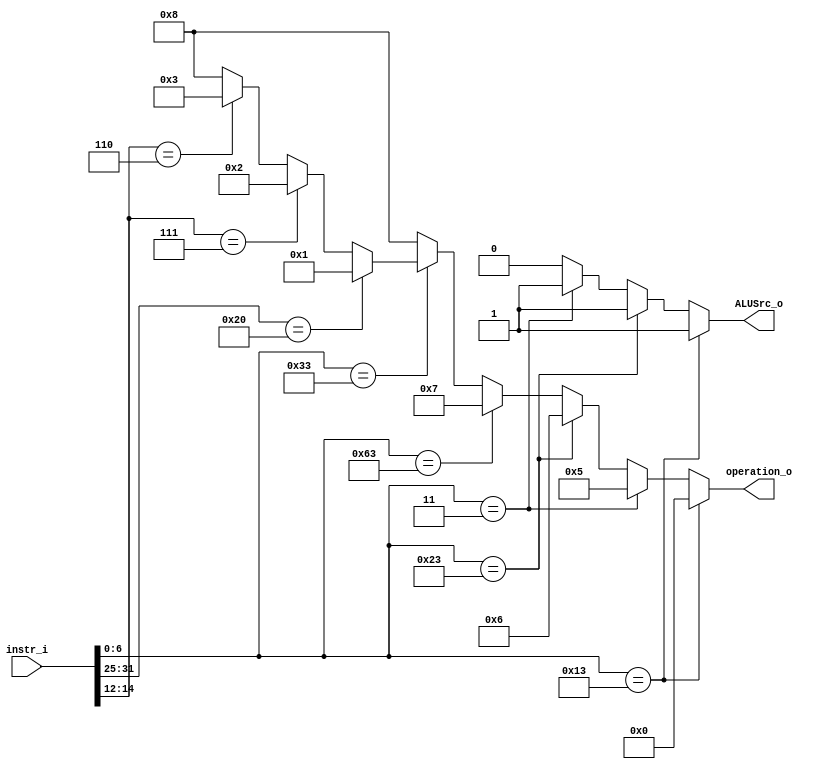
module Control(
    instr_i,      
    operation_o,
    ALUSrc_o
);

input   [31:0]   instr_i;

reg     [6:0]    fun7;
reg     [6:0]    op;
reg     [2:0]    fun3;  
reg     [3:0]    temp;
output  [3:0]    operation_o;
output           ALUSrc_o;

reg     [3:0]    operation_o;
reg              ALUSrc_o;

//fun7[6:0] = instr_i[31:25];
//fun3[2:0] = instr_i[14:12];
//op[6:0] = instr_i[6:0];

always @(*) begin
    if (instr_i[6:0] == 7'b0010011)
        temp = 4'b0000;//addi
    else if(instr_i[6:0] == 7'b0000011)
        temp = 4'b0101;//lw
    else if(instr_i[6:0] == 7'b0100011)
        temp = 4'b0110;//sw
    else if(instr_i[6:0] == 7'b1100011)
        temp = 4'b0111;//beq
    else if(instr_i[6:0] == 7'b0110011) begin
        if (instr_i[31:25] == 7'b0100000)
            temp = 4'b0001;//sub
        else if(instr_i[14:12] == 3'b111)
            temp = 4'b0010;//and
        else if(instr_i[14:12] == 3'b110)
            temp = 4'b0011;//or
        else
            temp = 4'b1000;//add
        end
    else 
        temp = 4'b1000;//add
    operation_o = temp;
    if (instr_i[6:0] == 7'b0010011)
        ALUSrc_o = 1'b1;
    else if (instr_i[6:0] == 7'b0100011)
        ALUSrc_o = 1'b1;
	else if (instr_i[6:0] == 7'b0000011)
		ALUSrc_o = 1'b1;
    else 
        ALUSrc_o = 1'b0;
    //ALUSrc_o = (instr_i[6:0] == 7'b0110011)?1'b0:1'b1;
end

//assign  operation_o = temp;
//assign  ALUSrc_o = (instr_i[6:0] == 7'b0110011)?1'b0:1'b1;
endmodule